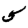
Digit: 5